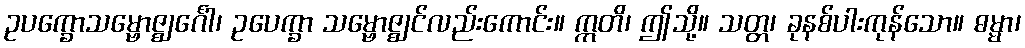
ဥပက္ခောသမ္ဗောဇ္ဈင်္ဂေါ၊ ဥပေက္ခာ သမ္ဗောဇ္ဈင်လည်းကောင်း။ ဣတိ၊ ဤသို့။ သတ္တ၊ ခုနစ်ပါးကုန်သော။ ဓမ္မာ၊